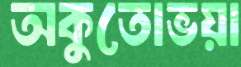
অকুতোভয়া